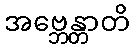
အဗ္ဘေန္တာတိ